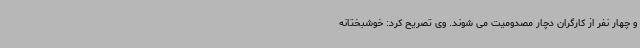
و چهار نفر از کارگران دچار مصدومیت می شوند. وی تصریح کرد: خوشبختانه